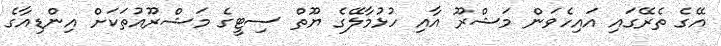
އޭގެ ތެރޭގައި އައިހެވަން މަޝްރޫ އާއި ހުޅުމާލޭގެ ޔޫތް ސިޓީގެ މަޝްރޫއުތަކަށް އިންޑިއާގެ